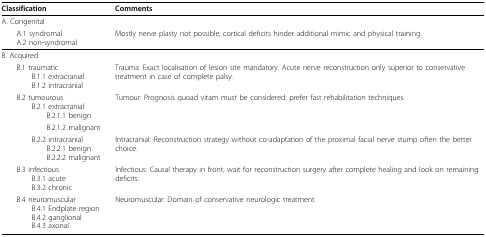
| Classification | Comments |
 | --- | --- |
 | A. Congenital |  |
 | A.1 syndromalA.2 non-syndromal | Mostly nerve plasty not possible; cortical deficits hinder additional mimic and physical training. |
 | B. Acquired |  |
 | B.1 traumaticB.1.1 extracranialB.1.2 intracranial | Trauma: Exact localisation of lesion site mandatory. Acute nerve reconstruction only superior to conservative treatment in case of complete palsy. |
 | B.2 tumourousB.2.1 extracranialB.2.1.1 benign | Tumour: Prognosis quoad vitam must be considered: prefer fast rehabilitation techniques. |
 | B.2.1.2 malignant |  |
 | B.2.2 intracranialB.2.2.1 benignB.2.2.2 malignant | Intracranial: Reconstruction strategy without co-adaptation of the proximal facial nerve stump often the better choice. |
 | B.3 infectiousB.3.1 acuteB.3.2 chronic | Infectious: Causal therapy in front, wait for reconstruction surgery after complete healing and look on remaining deficits. |
 | B.4 neuromuscularB.4.1 Endplate regionB.4.2 ganglionalB.4.3 axonal | Neuromuscular: Domain of conservative neurologic treatment. |